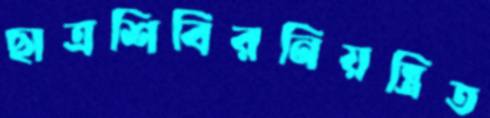
ছাত্রশিবিরনিয়ন্ত্রিত